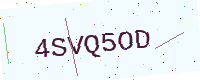
Text: 4SVQ5OD